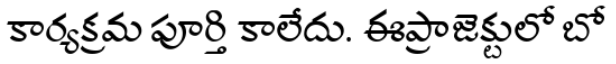
కార్యక్రమ పూర్తి కాలేదు. ఈప్రాజెక్టులో బో